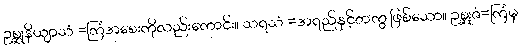
ဥစ္ဆုနိယျာသံ =ကြံအစေးကိုလည်းကောင်း။ သရသံ =အရည်နှင့်တကွ ဖြစ်သော။ ဥစ္ဆုဇံ=ကြံမှ